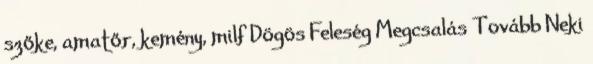
szőke, amatőr, kemény, milf Dögös Feleség Megcsalás Tovább Neki